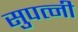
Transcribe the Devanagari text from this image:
सुपत्‍नी